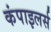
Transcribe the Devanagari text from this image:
कंपाइलर्स